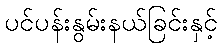
ပင်ပန်းနွမ်းနယ်ခြင်းနှင့်